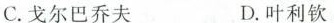
C.戈尔巴乔夫 D.叶利钦